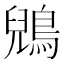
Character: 鶂